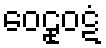
ဝေဠုဝဋံ